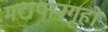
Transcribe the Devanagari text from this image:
मद्यपानगृहों